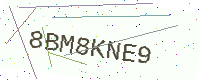
Text: 8BM8KNE9